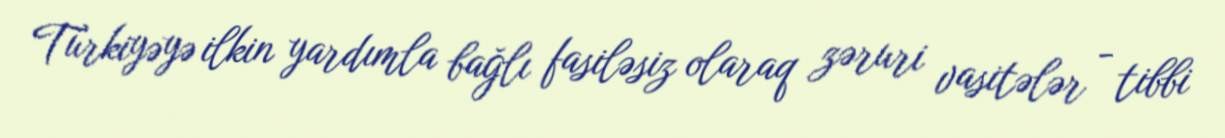
Türkiyəyə ilkin yardımla bağlı fasiləsiz olaraq zəruri vasitələr - tibbi